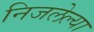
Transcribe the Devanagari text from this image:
निजलेल्या